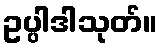
ဥပ္ပါဒါသုတ်။